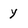
Character: y